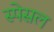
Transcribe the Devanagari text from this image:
स्पेसल